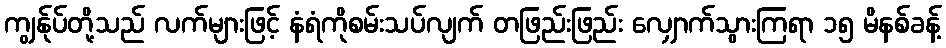
ကျွန်ုပ်တို့သည် လက်များဖြင့် နံရံကိုစမ်းသပ်လျက် တဖြည်းဖြည်း လျှောက်သွားကြရာ ၁၅ မိနစ်ခန့်